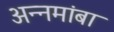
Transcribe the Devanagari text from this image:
अन्नमांबा